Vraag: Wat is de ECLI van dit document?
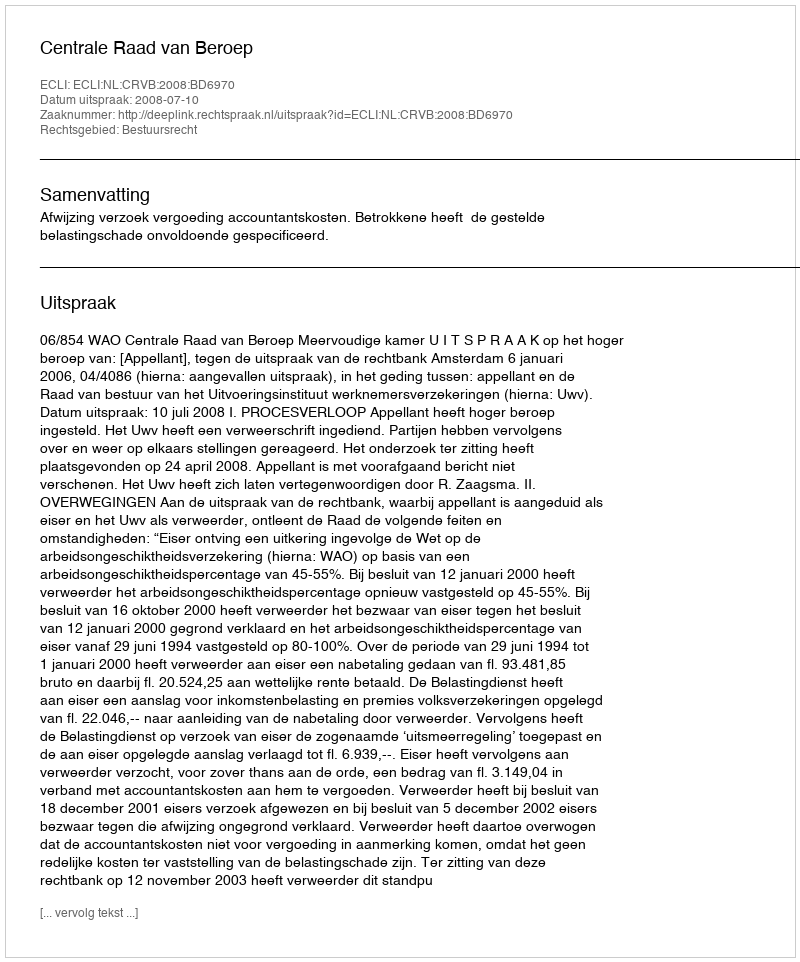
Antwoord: ECLI:NL:CRVB:2008:BD6970